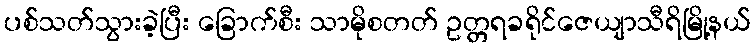
ပစ်သတ်သွားခဲ့ပြီး ခြောက်စီး သာမိုစတတ် ဥတ္တရခရိုင်ဇေယျာသီရိမြို့နယ်